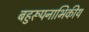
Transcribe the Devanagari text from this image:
बहुरूपनाभिकीय